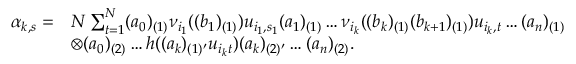
\begin{array} { r l } { \alpha _ { k , s } = } & { N \sum _ { t = 1 } ^ { N } ( a _ { 0 } ) _ { ( 1 ) } \nu _ { i _ { 1 } } ( ( b _ { 1 } ) _ { ( 1 ) } ) u _ { i _ { 1 } , s _ { 1 } } ( a _ { 1 } ) _ { ( 1 ) } \dots \nu _ { i _ { k } } ( ( b _ { k } ) _ { ( 1 ) } ( b _ { k + 1 } ) _ { ( 1 ) } ) u _ { i _ { k } , t } \dots ( a _ { n } ) _ { ( 1 ) } } \\ & { \otimes ( a _ { 0 } ) _ { ( 2 ) } \dots h ( ( a _ { k } ) _ { ( 1 ) ^ { \prime } } u _ { i _ { k } t } ) ( a _ { k } ) _ { ( 2 ) ^ { \prime } } \dots ( a _ { n } ) _ { ( 2 ) } . } \end{array}